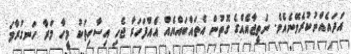
އަދައެއްނުކުރެވޭނެއެވެ. ނަތީޖާއެއްގެ ގޮތުން އެތައްބައްޔެއް އެއްފަހަރާ ޖެހި އިސާހިތަކު މީހާ މަރާ ހަނގުރާމަ